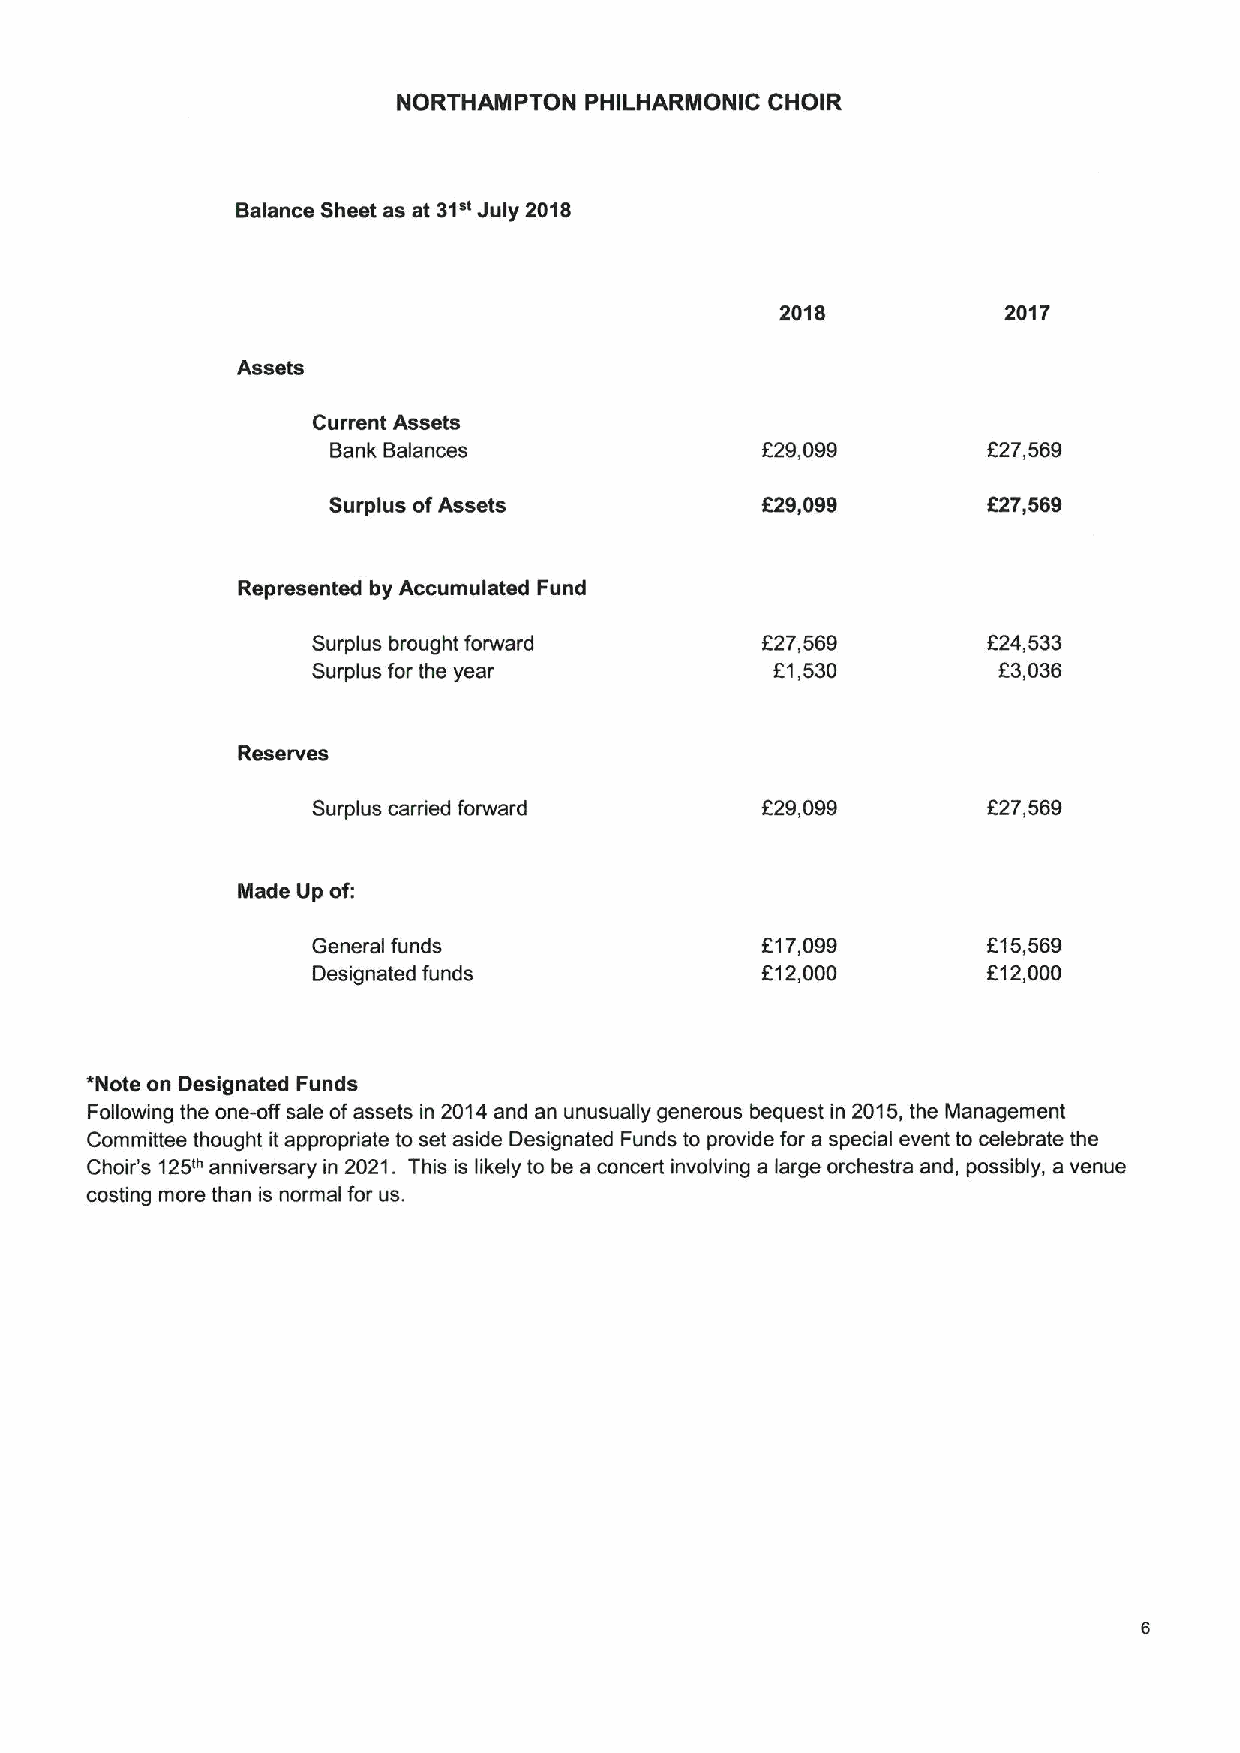
NORTHAMPTON  PHILHARMONIC CHOIR
 Balance Sheet as at 31" July 2018
 2018          2017
 Assets
 Current Assets
 Bank Balances               t:29,099       F27,569
 Surplus ofAssets            829,099        827,569
 Represented by Accumulated Fund
 Surplus brought forward      827,569        624,533
 Surplus for the year          61,530         F3,036
 Reserves
 Surplus carried forward      F29,099        F27,569
 Made tjp of:
 General funds                F17,099        815,569
 Designated funds             612,000        F12,000
 *Note on Designated Funds
 Following the one-off sale ofassets in 2014and an unusually generous bequest in 2015,the Management
 Committee thought it appropriate to set aside Designated Funds to provide for a special event to celebrate the
 Choir's 125eanniversary in 2021. This is likely to be a concert involving a large orchestra and, possibly, a venue
 costing more than is normal for us.